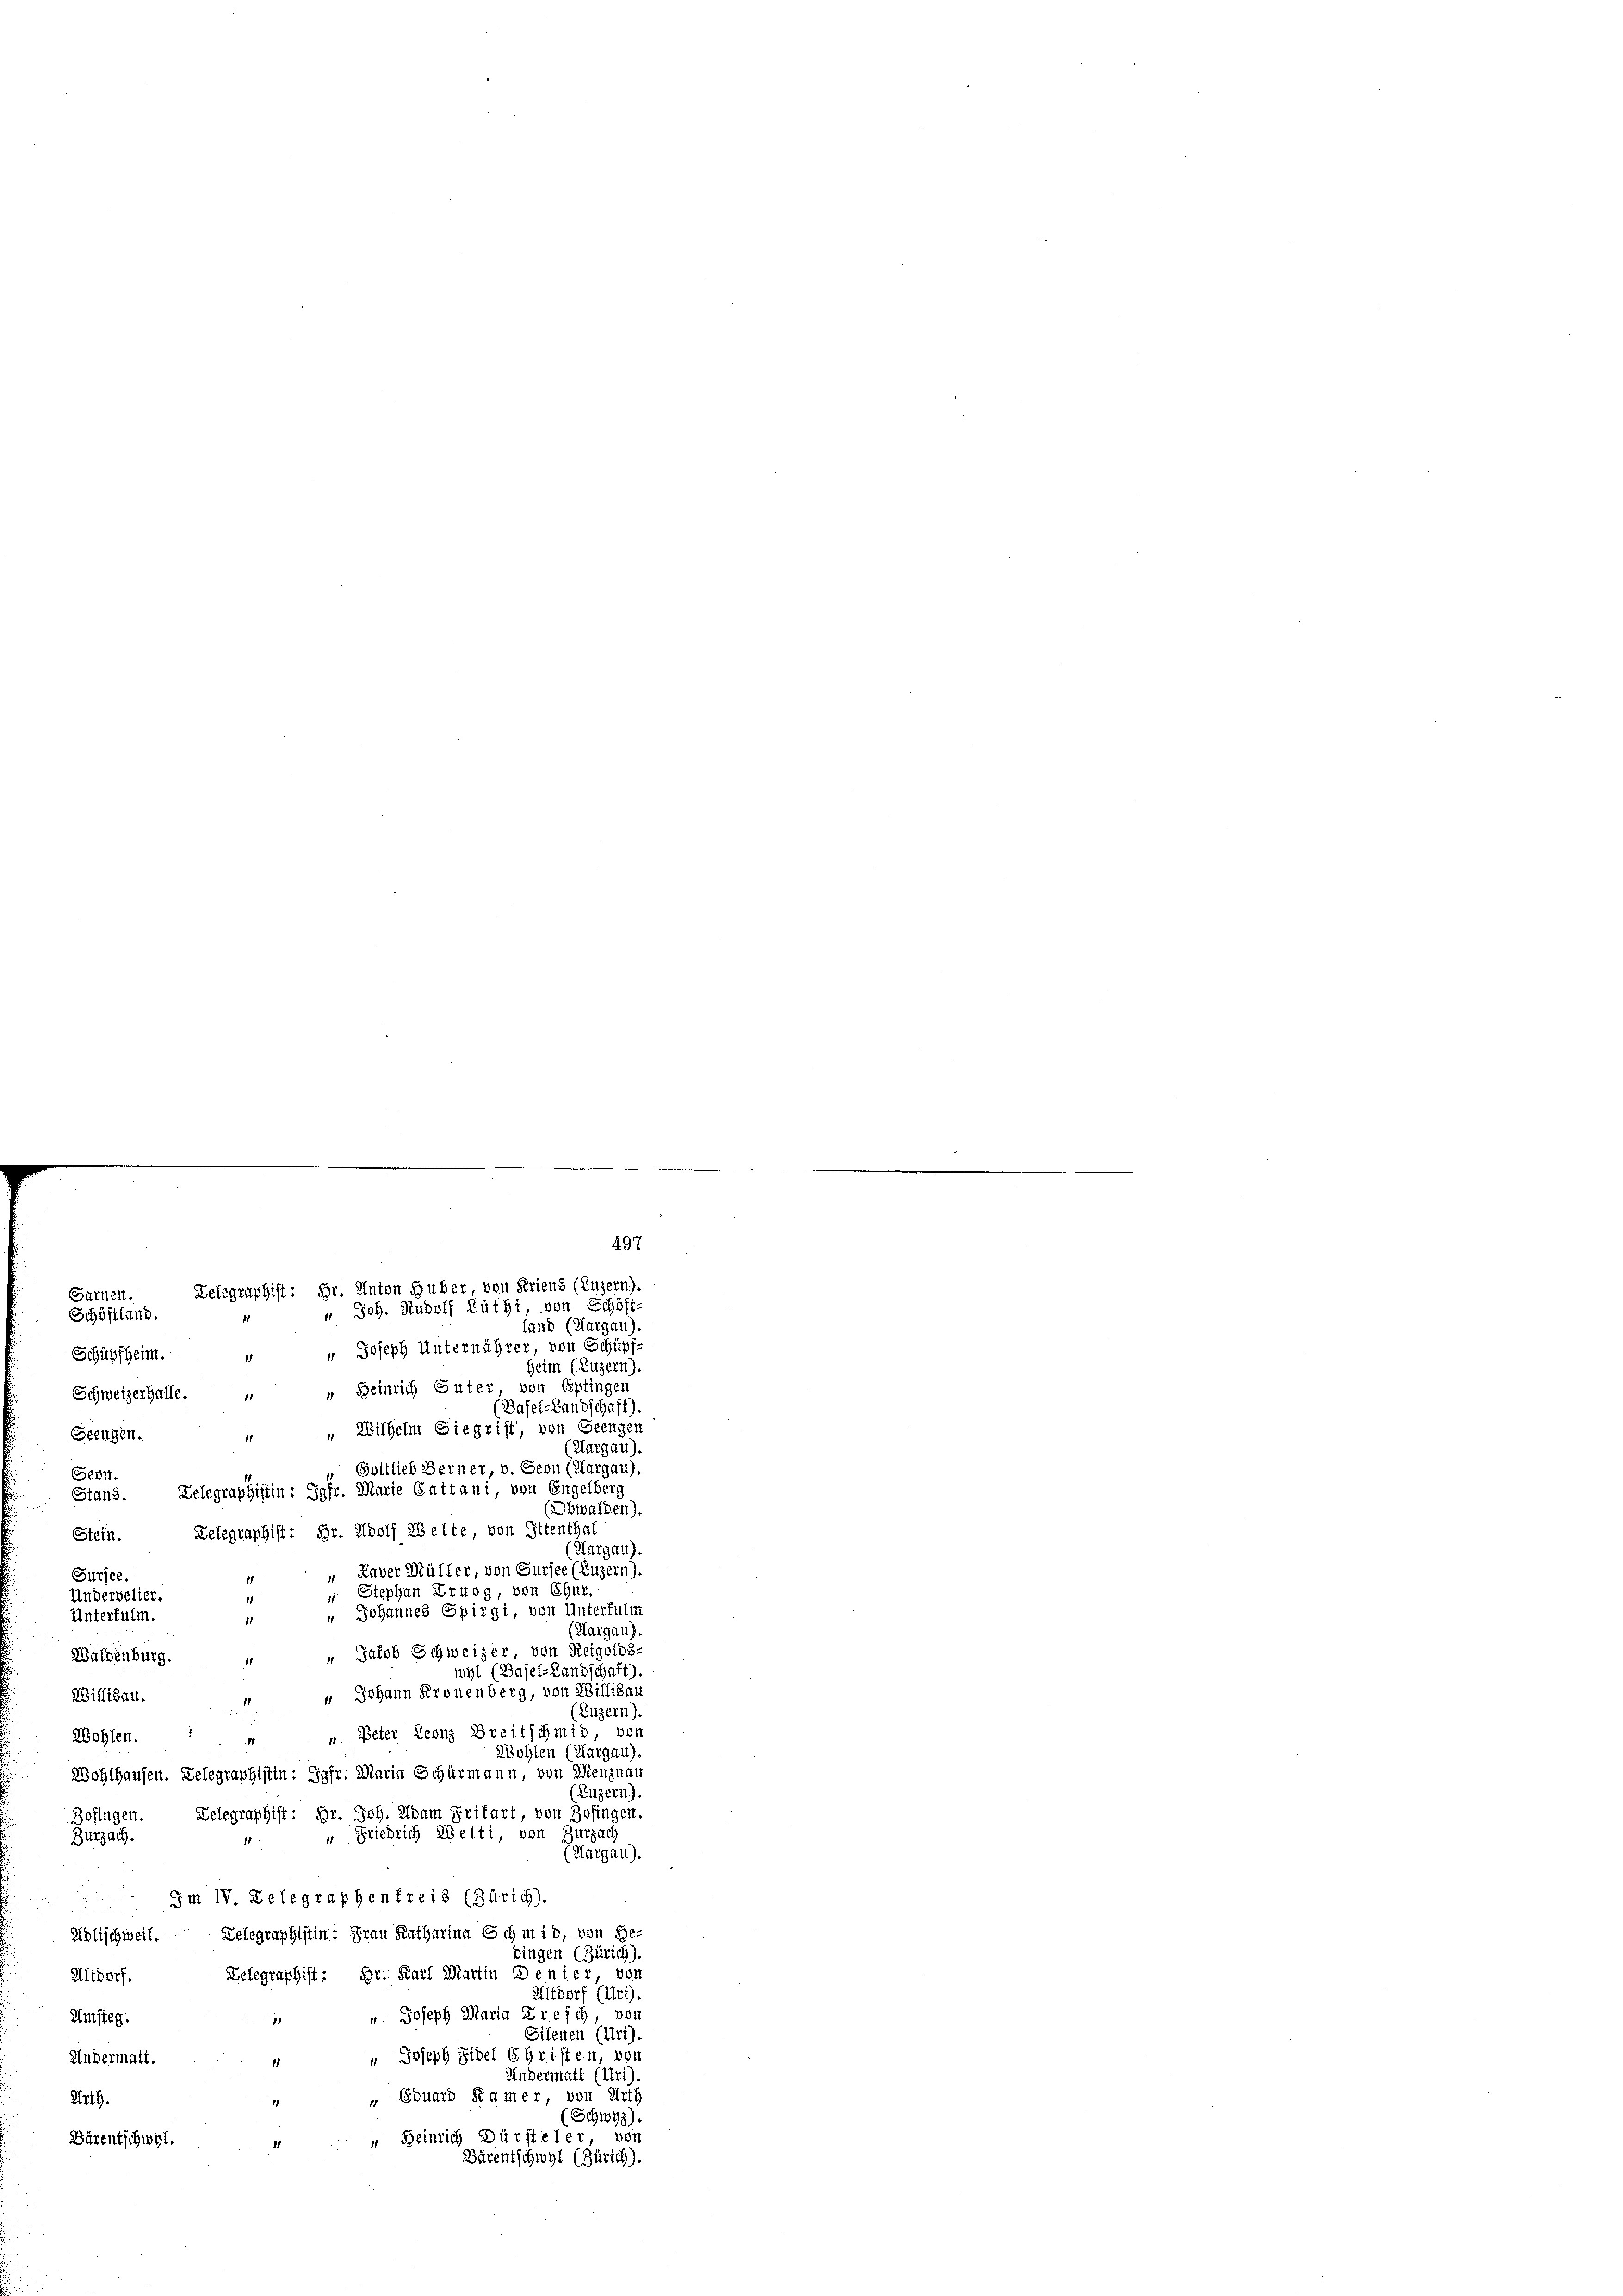
Garnen.
Schöftland.
fand (Aargau).
Schüpfheim. " " Joseph Unternährer, von Schüpf-
Heim (Luzern).
Schweizerhalle. „ „ Beinrich Guter, von Eptingen
Basel-Landschaft).
„ Wilhelm Siegrist, von Grengen
Seengen.
11
(Aargau).
" Gottlieb Berner, v. Geon (Margau).
Sern.
Delegraphistin: Jgfr. Marie Gattani von Engelberg
Stand.
(Obwalden).
Stein. Delegraphist: Hr. Adolf Welte, von Ottenthal
(Thurgau).
Raver Müller, von Sursee (Luzern).
Sursee.
 Stephan Erwog, von Chur.
Undervelier,
" Johannes Spirgi, von Unterfulm
Unterfulm.
1
(Aargau).
Waldenburg. „ „ Jakob Schweizer von Reigolbs-
wyl (Basel-Landschaft).
 Johann Kronenberg, von Willisau
Billisau.
(Luzern).
Wohlen. „ „ Peter Leonz Breitschmid, von
Wohlen (Kargau).
Wohlhausen. Delegraphistin: Jgfr. Maria Schurmann, von Menznau
Luzern).
Telegraphist: Hr. Joh. Adam Fritart, von Zofingen
Zofingen.
“ Friedrich Welti, von Zurzach
Zurzach.
(Aargau).
Jm IV. Delegraphenfreis (Zürich).
Adlischweil. Telegraphistin: Frau Katharina Schmid, von Be-
bingen (Zürich).
Telegraphist: Hr. Karl Martin Denier, vor
Altdorf.
Altdorf (Uri),
 u Joseph Maria Presch, vor
Umsteg.
Silenen (Uri).
 Joseph Sidel Christen, von
Andermatt.
1
Undermatt (Uri)
" Eduard Kamer, von Urth
Arth.
1
(Schwyz).
“ Heinrich Dürsteler, von
Bärentschwyl.
Bärentschwyl (Zürich).

497
Telegraphist: Hr. Anton Huber, von Friens (Luzern).
 Joh. Rudolf Lätht von Schöft-